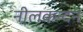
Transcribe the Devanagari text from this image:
नीलकन्दन